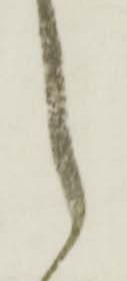
々